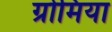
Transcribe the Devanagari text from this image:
ग्रोमिया